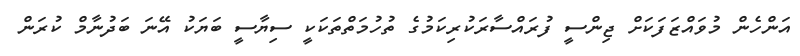
އަންހެން މުވައްޒަފަކަށް ޖިންސީ ފުރައްސާރަކުރިކަމުގެ ތުހުމަތްތަކަކީ ސިޔާސީ ބަޔަކު އޭނަ ބަދުނާމް ކުރަން